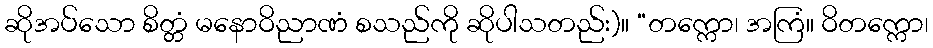
ဆိုအပ်သော စိတ္တံ မနောဝိညာဏံ စသည်ကို ဆိုပါသတည်း)။ “တက္ကော၊ အကြံ။ ဝိတက္ကော၊